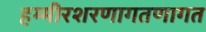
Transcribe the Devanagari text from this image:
हम्मीरशरणागतणागत